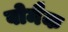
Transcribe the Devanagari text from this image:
वोमैक